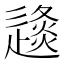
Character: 𨖤